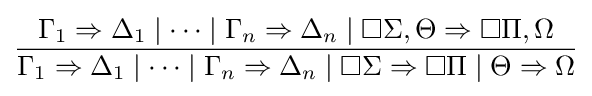
{\frac {\Gamma _{1}\Rightarrow \Delta _{1}\mid \dots \mid \Gamma _{n}\Rightarrow \Delta _{n}\mid \Box \Sigma ,\Theta \Rightarrow \Box \Pi ,\Omega }{\Gamma _{1}\Rightarrow \Delta _{1}\mid \dots \mid \Gamma _{n}\Rightarrow \Delta _{n}\mid \Box \Sigma \Rightarrow \Box \Pi \mid \Theta \Rightarrow \Omega }}